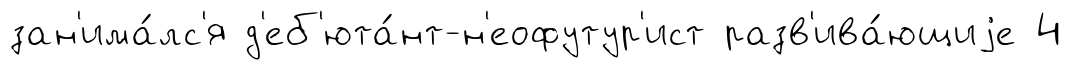
зан'има́лс'я д'еб'юта́нт-н'еофутур'ист разв'ива́ющиjе 4